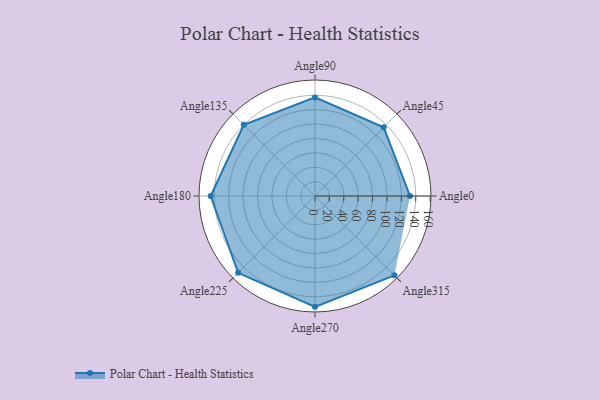
{"axis": {"x": "Angle", "y": "Radius"}, "legend": [""], "data": [{"x": "Angle0", "y": 132.0, "type": ""}, {"x": "Angle45", "y": 135.0, "type": ""}, {"x": "Angle90", "y": 137.0, "type": ""}, {"x": "Angle135", "y": 140.0, "type": ""}, {"x": "Angle180", "y": 145.0, "type": ""}, {"x": "Angle225", "y": 151.0, "type": ""}, {"x": "Angle270", "y": 154.0, "type": ""}, {"x": "Angle315", "y": 156.0, "type": ""}]}